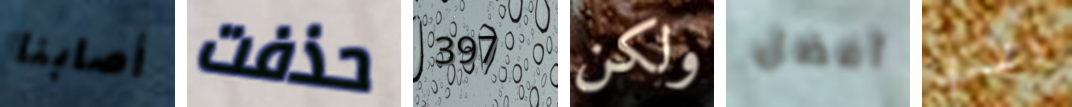
أصابنا حذفت 397 ولكن أفضل الذي